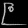
Digit: ၉